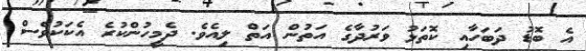
އެ ބޮޑު ދަބަހާއި ކޮތަޅު ވަރުދާގެ އަތުން އަތް ލިއެވެ. ދެމީހުންކުރެ އެކަކުވެސް